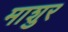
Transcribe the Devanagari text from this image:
माशुर